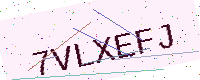
Text: 7VLXEFJ